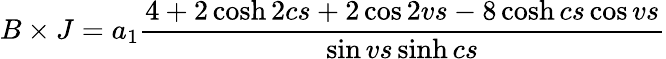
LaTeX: B\times J=a_{1}\frac{4+2\cosh 2cs+2\cos 2vs-8\cosh cs\cos vs}{\sin vs\sinh cs}